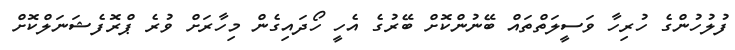
ފުލުހުންގެ ހުރިހާ ވަސީލަތްތައް ބޭނުންކޮށް ބޭރުގެ އެހީ ހޯދައިގެން މިހާރަށް ވުރެ ޕްރޮފެޝަނަލްކޮށް